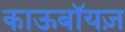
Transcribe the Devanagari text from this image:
काऊबॉयज़